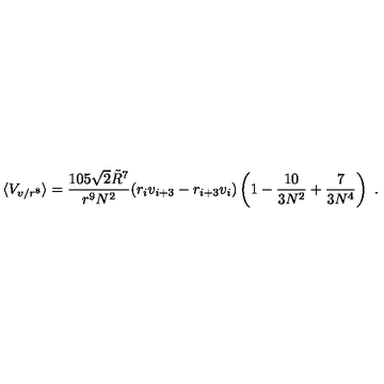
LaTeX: \langle V _ { v / r ^ { 8 } } \rangle = { \frac { 1 0 5 \sqrt { 2 } \tilde { R } ^ { 7 } } { r ^ { 9 } N ^ { 2 } } } ( r _ { i } v _ { i + 3 } - r _ { i + 3 } v _ { i } ) \left( 1 - { \frac { 1 0 } { 3 N ^ { 2 } } } + { \frac { 7 } { 3 N ^ { 4 } } } \right) \ .